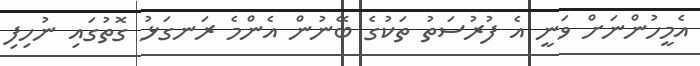
އެމީހުންނަށް ވަނީ އެ ފުރުސަތު ތަކުގެ ބޭނުން އެންމެ ރަނގަޅު ގޮތުގައި ނުހިފި